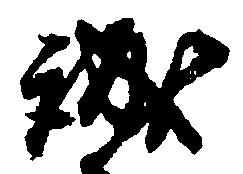
誠